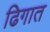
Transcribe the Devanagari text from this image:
ढिगात